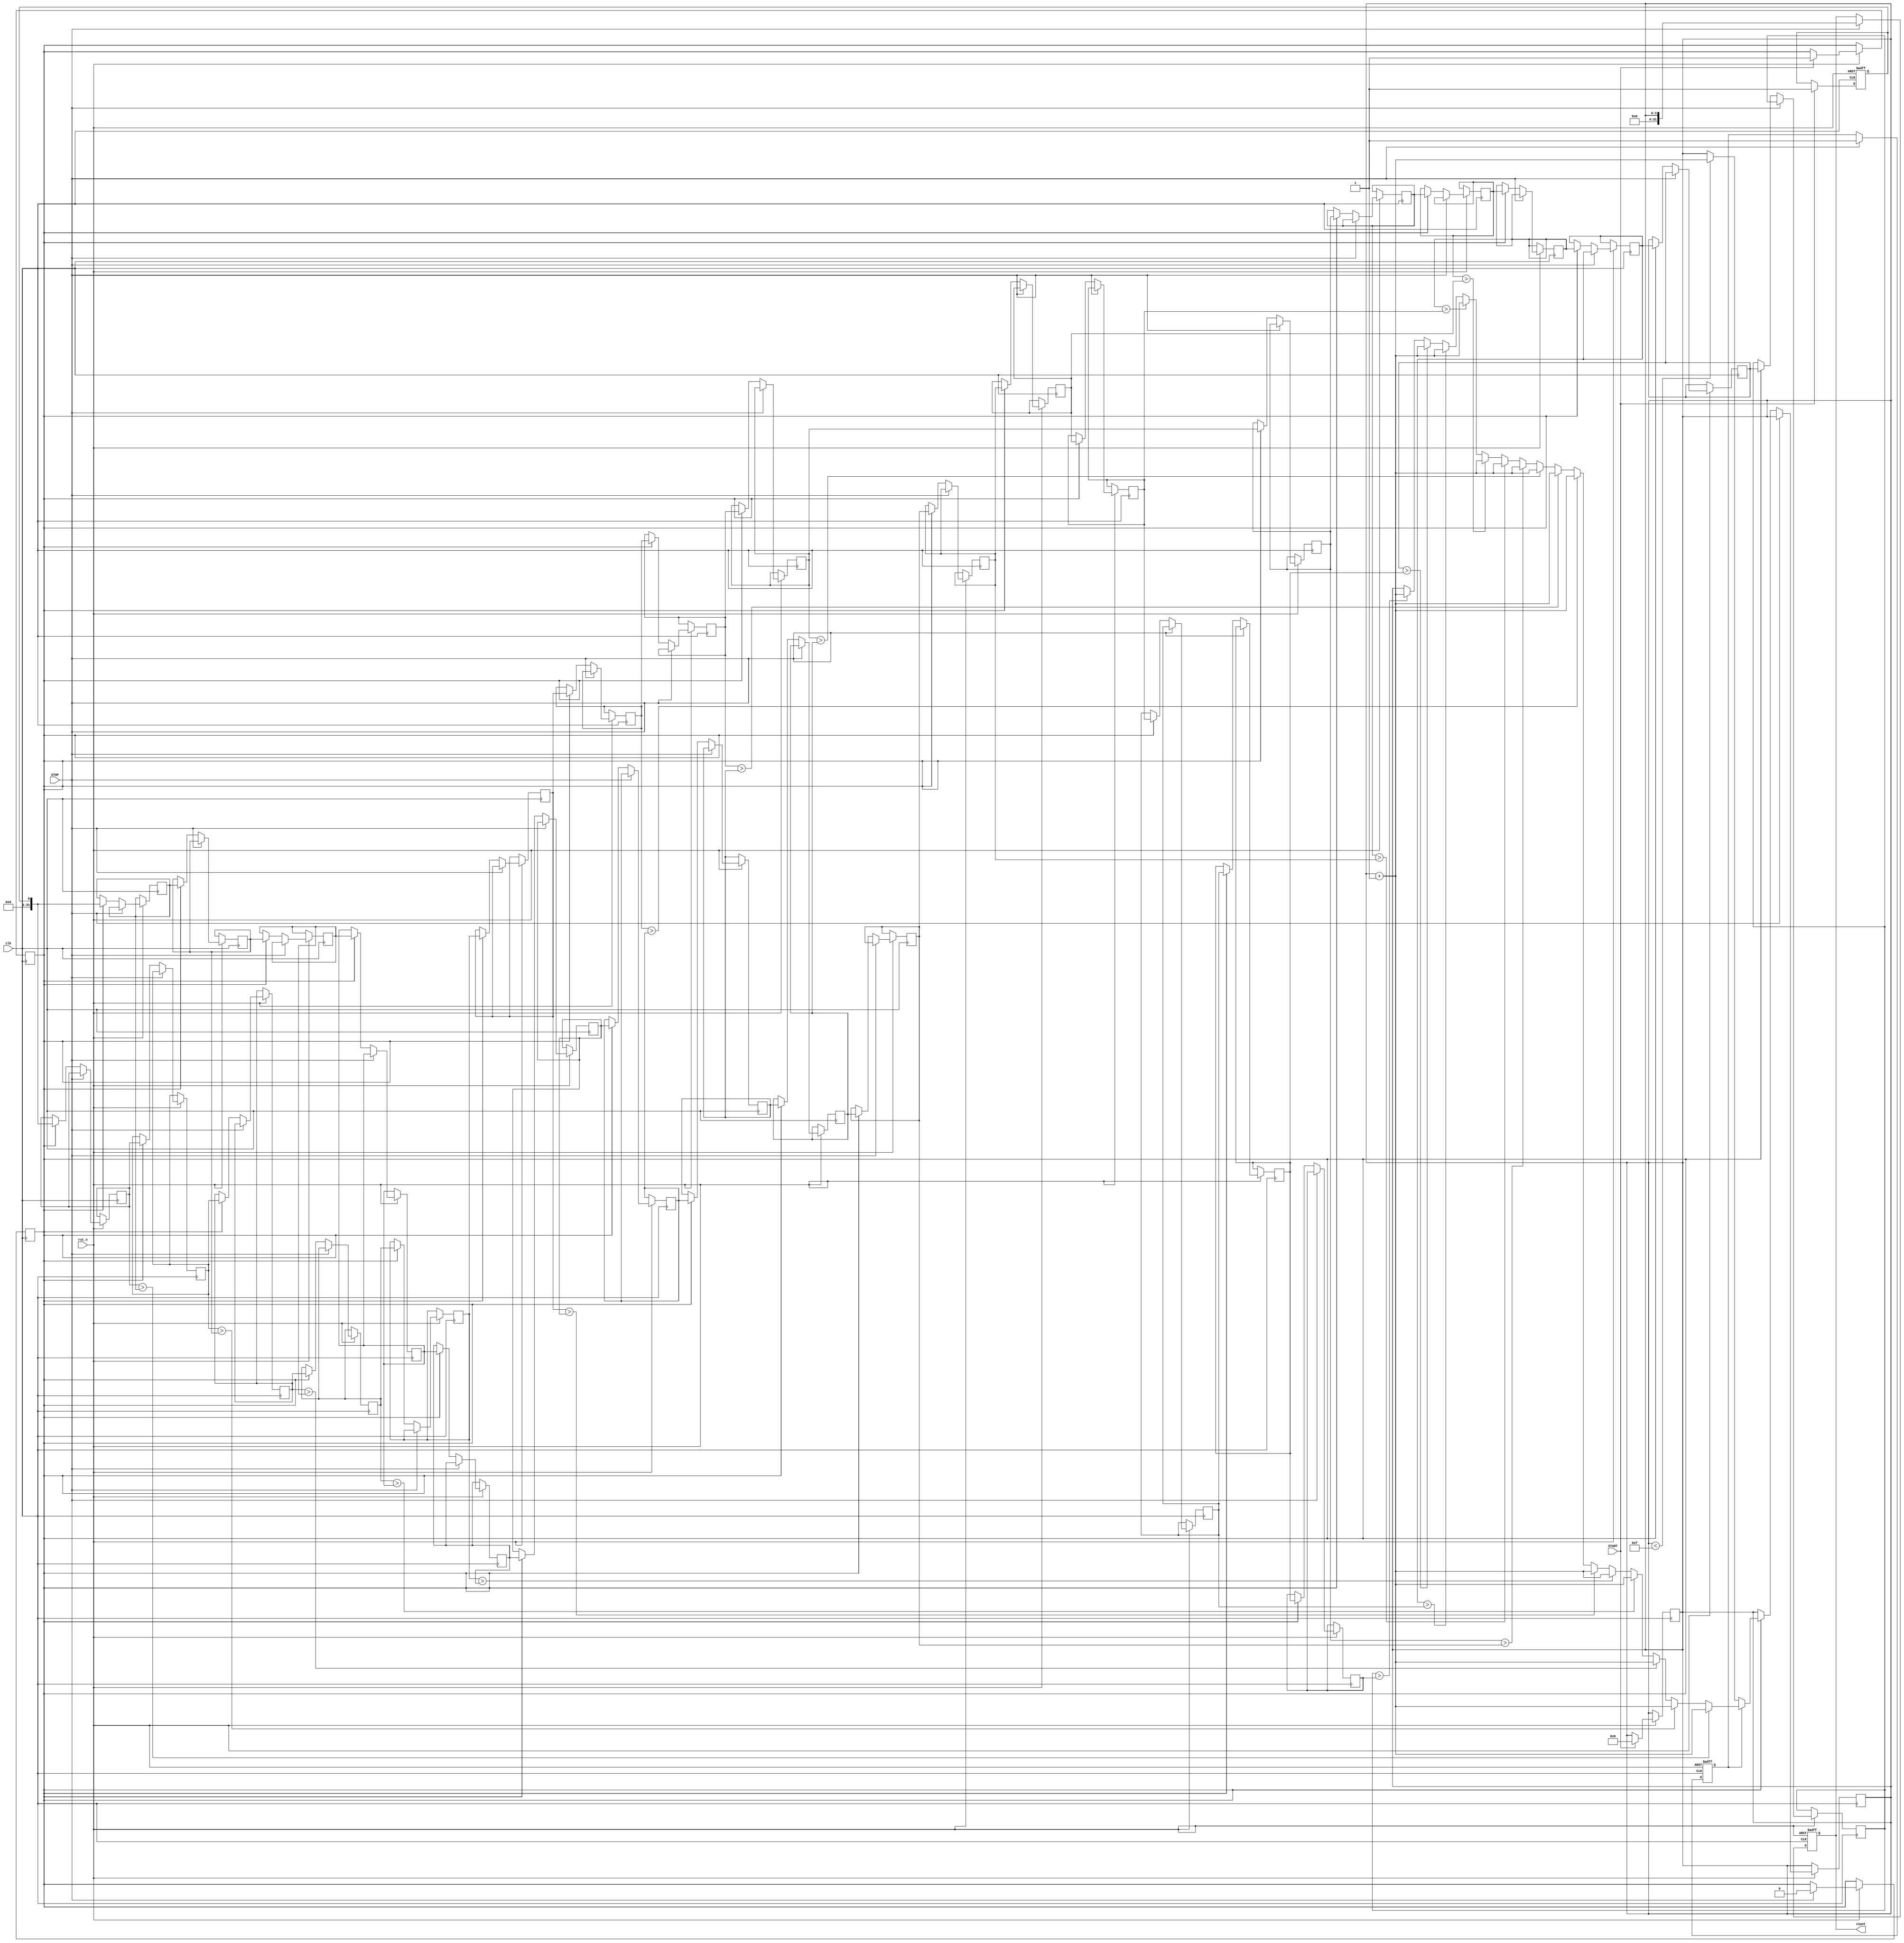
module TDC_Vernier_Delay_Line(
    input wire clk,           // System clock
    input wire rst_n,        // Active low reset
    input wire START,        // Start signal
    input wire STOP,         // Stop signal
    output reg [31:0] count  // Output count for time interval
);

// Parameters for delay increments
parameter DELAY_A = 2; // Delay increment for line A (in clock cycles)
parameter DELAY_B = 3; // Delay increment for line B (in clock cycles)

// Internal signals
reg [31:0] delay_line_a [0:15]; // Delay line A (16 stages)
reg [31:0] delay_line_b [0:15]; // Delay line B (16 stages)
reg [3:0] counter;               // Delay stage counter
reg start_flag, stop_flag;       // Flags for capturing start and stop events
reg measuring;                   // State flag for measuring

// Initialize delay lines
integer i;
initial begin
    for (i = 0; i < 16; i = i + 1) begin
        delay_line_a[i] = 32'b0;
        delay_line_b[i] = 32'b0;
    end
end

// Capture the start signal
always @(posedge clk or negedge rst_n) begin
    if (!rst_n) begin
        start_flag <= 0;
    end else if (START) begin
        start_flag <= 1;
        measuring <= 1; // Start measuring
        counter <= 0;   // Reset counter
    end
end

// Capture the stop signal and compare with delay lines
always @(posedge clk or negedge rst_n) begin
    if (!rst_n) begin
        stop_flag <= 0;
        count <= 0;
    end else if (STOP) begin
        stop_flag <= 1;
        measuring <= 0; // Stop measuring
        count <= counter; // Capture the count
    end else if (measuring) begin
        // Handle delay line updates
        for (i = 0; i < 15; i = i + 1) begin
            delay_line_a[i] <= delay_line_a[i + 1];
            delay_line_b[i] <= delay_line_b[i + 1];
        end
        
        // Apply delays to START signal
        delay_line_a[15] <= {31'b0, start_flag}; // Delay line A
        delay_line_b[15] <= {31'b0, start_flag}; // Delay line B
        
        // Update counter based on conditions
        if (stop_flag) begin
            // Compare delayed outputs
            for (i = 0; i < 16; i = i + 1) begin
                if (delay_line_a[i] > delay_line_b[i]) begin
                    counter <= counter + 1;
                end
            end
        end else begin
            // Increment counter for each clock cycle
            if (counter < 15) begin
                counter <= counter + 1;
            end
        end
    end
end

endmodule